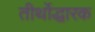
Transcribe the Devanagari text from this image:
तीर्थोद्धारक